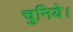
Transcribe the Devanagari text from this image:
चुनिये।